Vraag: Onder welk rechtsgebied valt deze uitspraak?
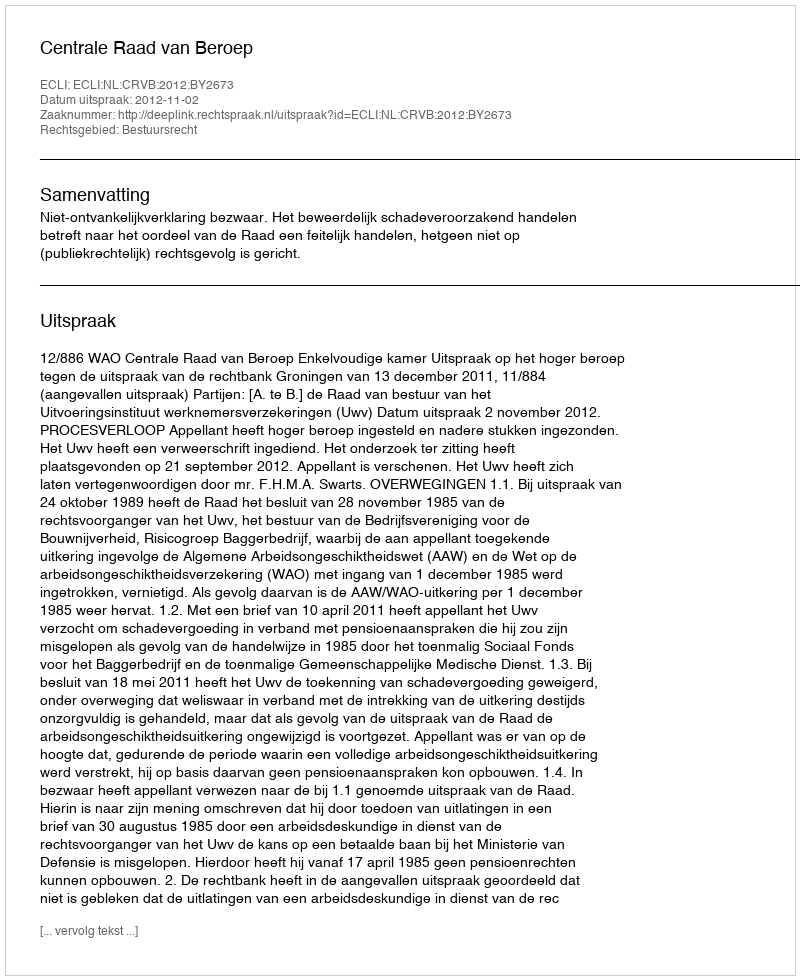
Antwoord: Bestuursrecht